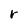
Character: r